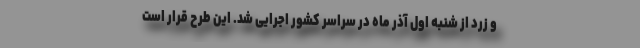
و زرد از شنبه اول آذر ماه در سراسر کشور اجرایی شد. این طرح قرار است